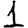
Digit: 1